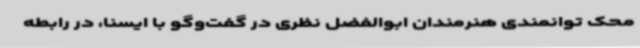
محک توانمندی هنرمندان ابوالفضل نظری در گفت‌وگو با ایسنا، در رابطه